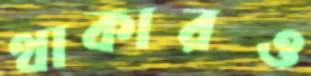
থাকারও